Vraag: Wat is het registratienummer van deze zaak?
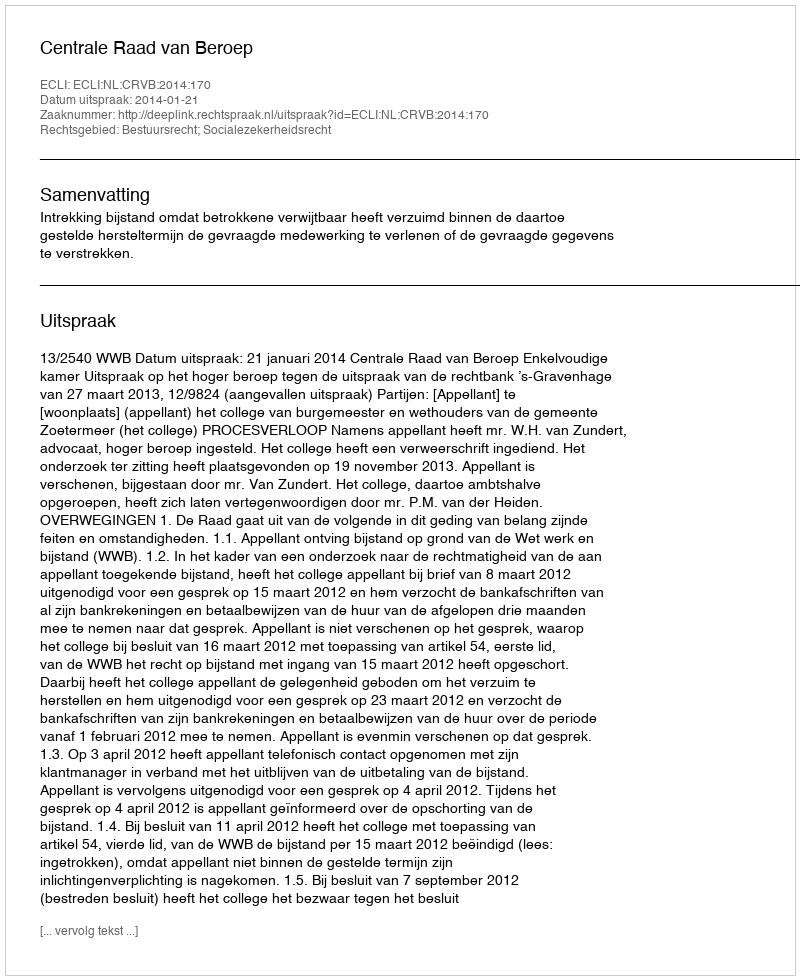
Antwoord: http://deeplink.rechtspraak.nl/uitspraak?id=ECLI:NL:CRVB:2014:170